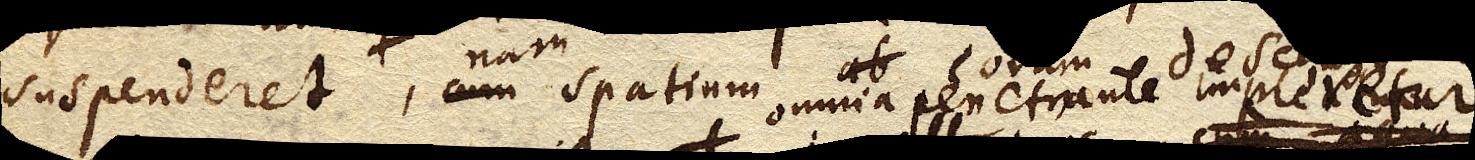
suspenderet nam spatium omnia penetrante impleretur